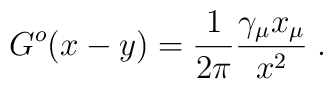
G^o(x-y) = \frac{1}{2\pi} \frac{\gamma_\mu x_\mu}{x^2} \; .